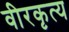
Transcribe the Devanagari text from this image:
वीरकृत्य